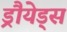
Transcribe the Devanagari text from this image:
ड्रौयेड्स